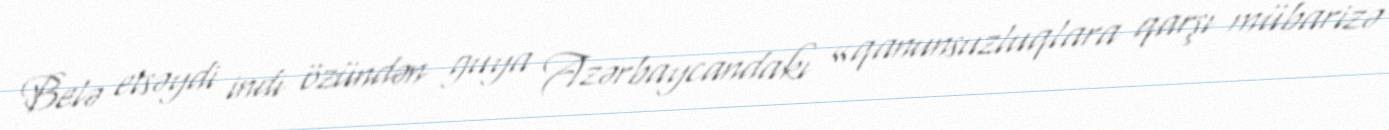
Belə etsəydi indi özündən guya Azərbaycandakı «qanunsuzluqlara qarşı mübarizə